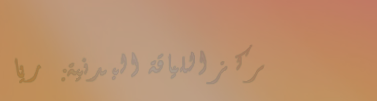
مركز اللياقة البدنية: ريا